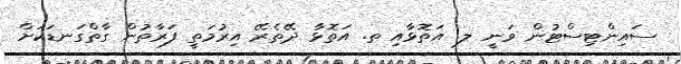
ސައިންޓިސްޓުން ވަނީ ލ. އަތޮޅާއި ތ. އަތޮޅާ ދޭތެރޭ އިރުމަތީ ފަރާތުން ގާތްގަނޑަކަށް